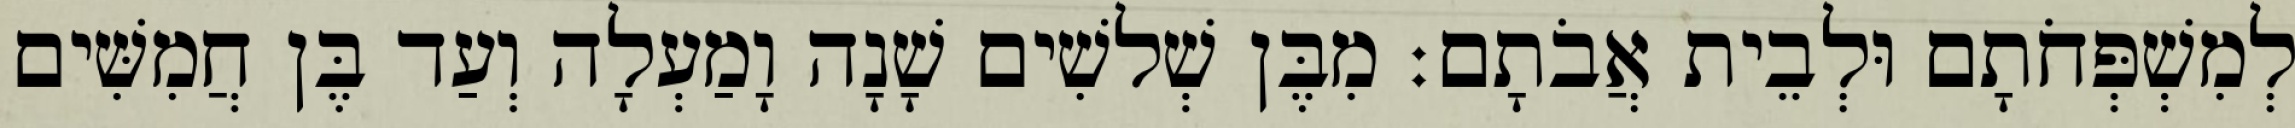
לְמִשְׁפְּחֹתָם וּלְבֵית אֲבֹתָם׃ מִבֶּן שְׁלשִׁים שָׁנָה וָמַעְלָה וְעַד בֶּן חֲמִשִּׁים